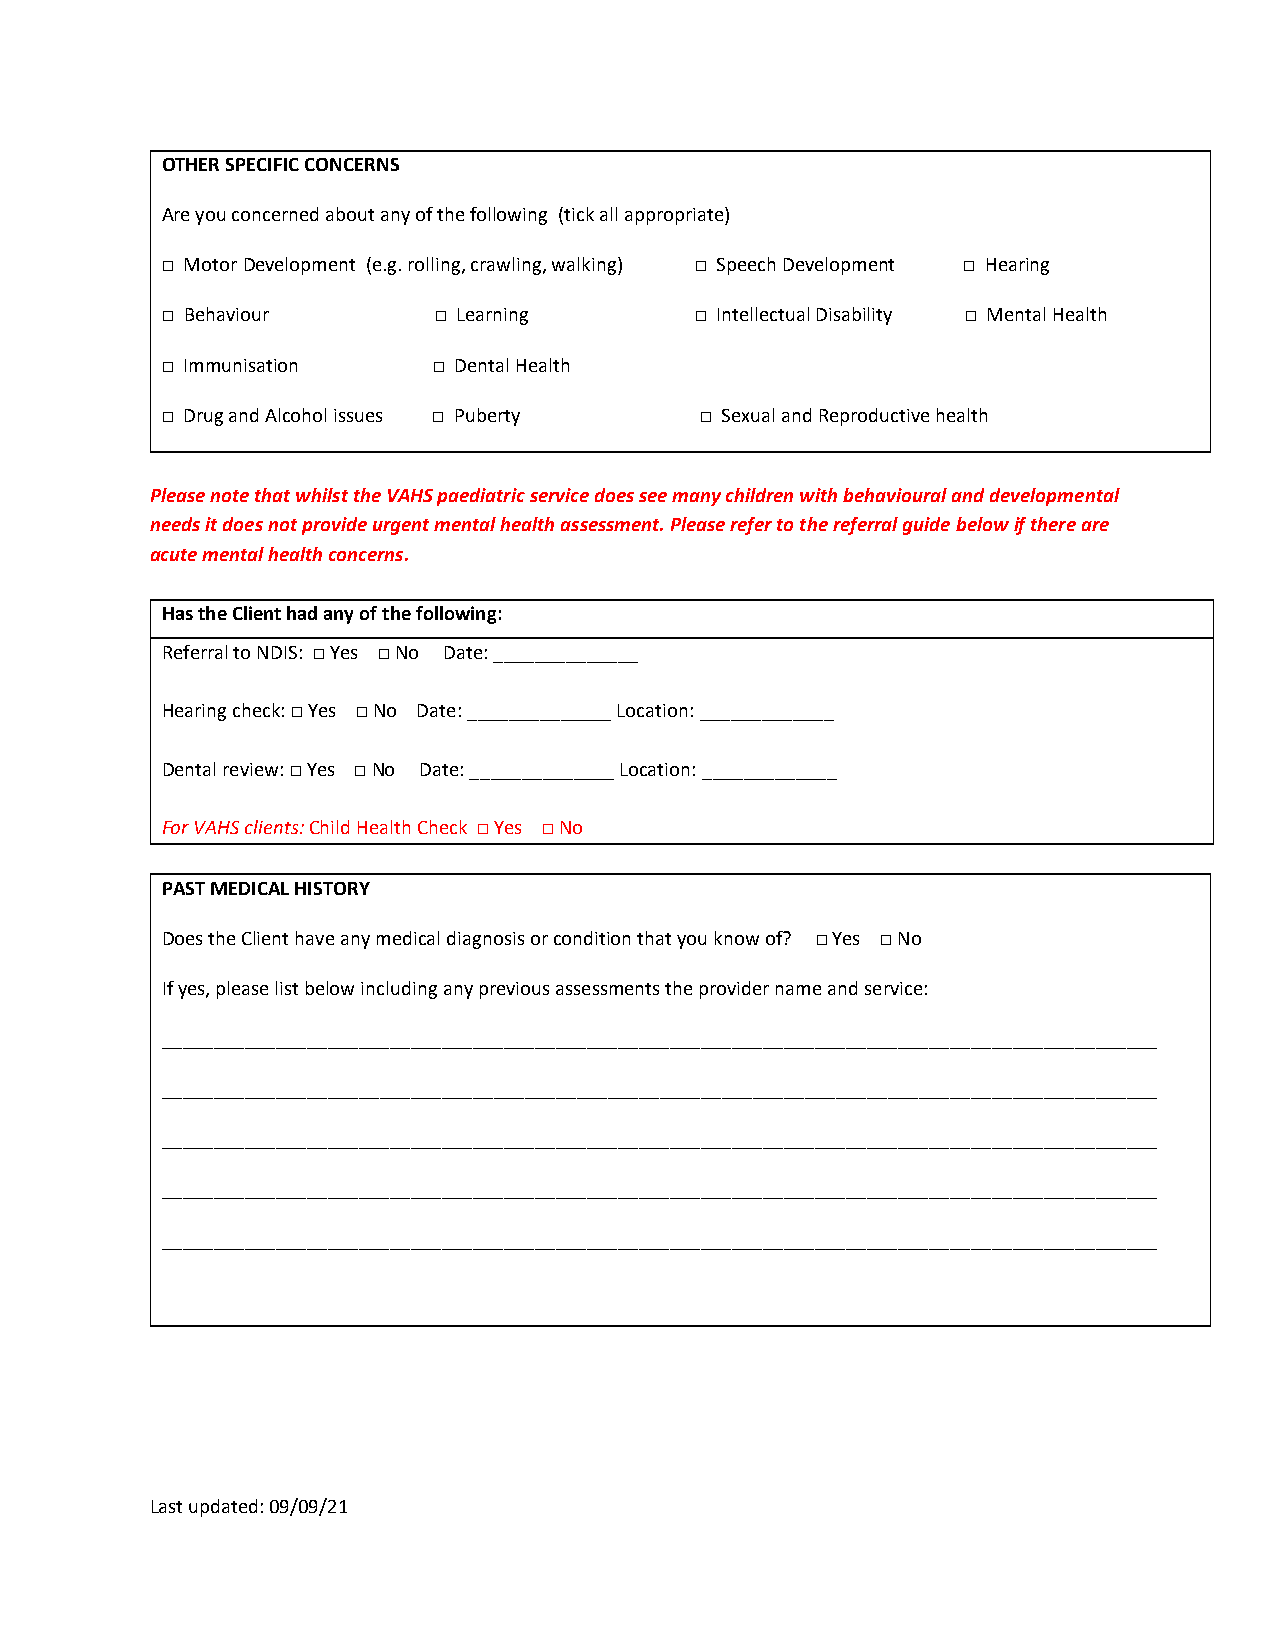
OTHER SPECIFIC CONCERNS
 Are you concerned about any of the following (tick all appropriate)
 □ Motor Development (e.g. rolling, crawling, walking) □ Speech Development □ Hearing
 □ Behaviour       □ Learning       □ Intellectual Disability □ Mental Health
 □ Immunisation    □ Dental Health
 □ Drug and Alcohol issues □ Puberty □ Sexual and Reproductive health
 Please note that whilst the VAHS paediatric service does see many children with behavioural and developmental
 needs it does not provide urgent mental health assessment. Please refer to the referral guide below if there are
 acute mental health concerns.
 Has the Client had any of the following:
 Referral to NDIS: □ Yes □ No Date: ______________
 Hearing check: □ Yes □ No Date: ______________ Location: _____________
 Dental review: □ Yes □ No Date: ______________ Location: _____________
 For VAHS clients: Child Health Check □ Yes □ No
 PAST MEDICAL HISTORY
 Does the Client have any medical diagnosis or condition that you know of? □ Yes □ No
 If yes, please list below including any previous assessments the provider name and service:
 ________________________________________________________________________________________________
 ________________________________________________________________________________________________
 ________________________________________________________________________________________________
 ________________________________________________________________________________________________
 ________________________________________________________________________________________________
 Last updated: 09/09/21